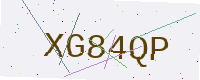
Text: XG84QP